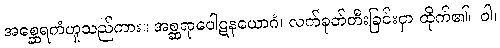
အစ္ဆေရကံဟူသည်ကား။ အစ္ဆရာပေါဋနယောဂံ၊ လက်ခုတ်တီးခြင်းငှာ ထိုက်၏။ ဝါ၊